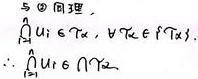
$5^{\circ}$ 同理，
$\bigcap_{i = 1}^{n}U_i\in \mathcal{T}_\alpha,\ \forall U_i\in \mathcal{T}_\alpha.$
$\therefore \bigcap_{i = 1}^{n}U_i\in \bigcap_{\alpha\in\Lambda}\mathcal{T}_\alpha.$